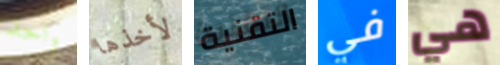
واحد لأخذها التقنية في هي